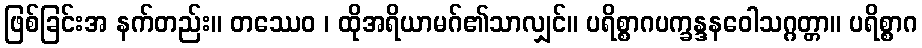
ဖြစ်ခြင်းအ နက်တည်း။ တဿေဝ ၊ ထိုအရိယာမဂ်၏သာလျှင်။ ပရိစ္စာဂပက္ခန္ဒနဝေါသဂ္ဂတ္တာ။ ပရိစ္စာဂ